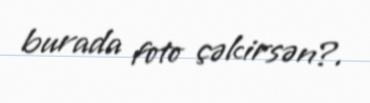
burada foto çəkirsən?.